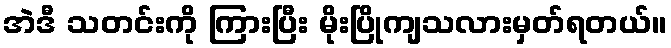
အဲဒီ သတင်းကို ကြားပြီး မိုးပြိုကျသလားမှတ်ရတယ်။